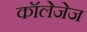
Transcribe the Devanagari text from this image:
कॉलेजेज